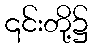
၎င်းတို့၌